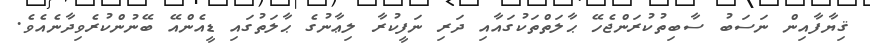
ޤިޔާފާއިން ނަސަބު ސާބިތުކުރަންޖެހޭ ޙާލަތްތަކުގައާއި ދަރި ނަފީކުރާ ލިޢާނުގެ ޙާލަތުގައި ޑީއެންއޭ ބޭނުންކުރެވިދާނެއެވެ.